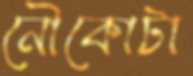
নৌকোটা